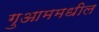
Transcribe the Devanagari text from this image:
गुआममधील